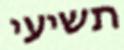
תשיעי